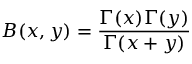
B ( x , y ) = { \frac { \Gamma ( x ) \Gamma ( y ) } { \Gamma ( x + y ) } }